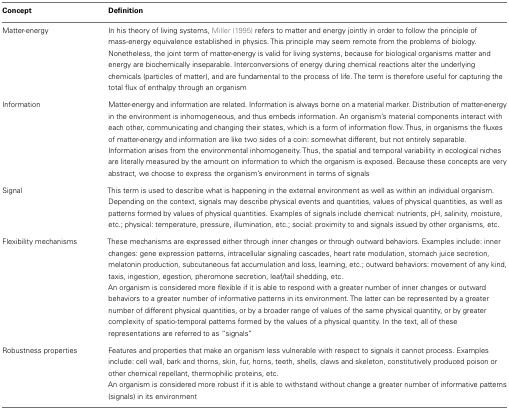
<table><thead><tr><td><b>Concept</b></td><td><b>Definition</b></td></tr></thead><tbody><tr><td>Matter-energy</td><td>In his theory of living systems, Miller (1995) refers to matter and energy jointly in order to follow the principle of mass-energy equivalence established in physics. This principle may seem remote from the problems of biology. Nonetheless, the joint term of matter-energy is valid for living systems, because for biological organisms matter and energy are biochemically inseparable. Interconversions of energy during chemical reactions alter the underlying chemicals (particles of matter), and are fundamental to the process of life. The term is therefore useful for capturing the total flux of enthalpy through an organism</td></tr><tr><td>Information</td><td>Matter-energy and information are related. Information is always borne on a material marker. Distribution of matter-energy in the environment is inhomogeneous, and thus embeds information. An organism’s material components interact with each other, communicating and changing their states, which is a form of information flow. Thus, in organisms the fluxes of matter-energy and information are like two sides of a coin: somewhat different, but not entirely separable.</td></tr><tr><td></td><td>Information arises from the environmental inhomogeneity. Thus, the spatial and temporal variability in ecological niches are literally measured by the amount on information to which the organism is exposed. Because these concepts are very abstract, we choose to express the organism’s environment in terms of signals</td></tr><tr><td>Signal</td><td>This term is used to describe what is happening in the external environment as well as within an individual organism. Depending on the context, signals may describe physical events and quantities, values of physical quantities, as well as patterns formed by values of physical quantities. Examples of signals include chemical: nutrients, pH, salinity, moisture, etc.; physical: temperature, pressure, illumination, etc.; social: proximity to and signals issued by other organisms, etc.</td></tr><tr><td>Flexibility mechanisms</td><td>These mechanisms are expressed either through inner changes or through outward behaviors. Examples include: inner changes: gene expression patterns, intracellular signaling cascades, heart rate modulation, stomach juice secretion, melatonin production, subcutaneous fat accumulation and loss, learning, etc.; outward behaviors: movement of any kind, taxis, ingestion, egestion, pheromone secretion, leaf/tail shedding, etc. An organism is considered more flexible if it is able to respond with a greater number of inner changes or outward behaviors to a greater number of informative patterns in its environment. The latter can be represented by a greater number of different physical quantities, or by a broader range of values of the same physical quantity, or by greater complexity of spatio-temporal patterns formed by the values of a physical quantity. In the text, all of these representations are referred to as “signals”</td></tr><tr><td>Robustness properties</td><td>Features and properties that make an organism less vulnerable with respect to signals it cannot process. Examples include: cell wall, bark and thorns, skin, fur, horns, teeth, shells, claws and skeleton, constitutively produced poison or other chemical repellant, thermophilic proteins, etc. An organism is considered more robust if it is able to withstand without change a greater number of informative patterns (signals) in its environment</td></tr></tbody></table>